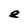
Character: e